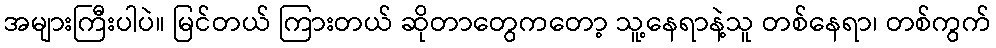
အများကြီးပါပဲ။ မြင်တယ် ကြားတယ် ဆိုတာတွေကတော့ သူ့နေရာနဲ့သူ တစ်နေရာ၊ တစ်ကွက်